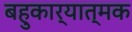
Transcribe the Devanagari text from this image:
बहुकार्यात्‍मक